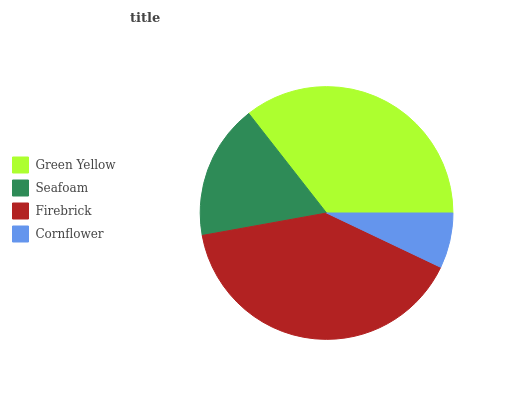
| Green Yellow | Seafoam | Firebrick | Cornflower |
 | --- | --- | --- | --- |
 | 35.5% | 17.3% | 40.1% | 7.07% |